Civil Veterinary Department. Madras. Admin. report 1926-33 - 1926-1933
Year: 1926
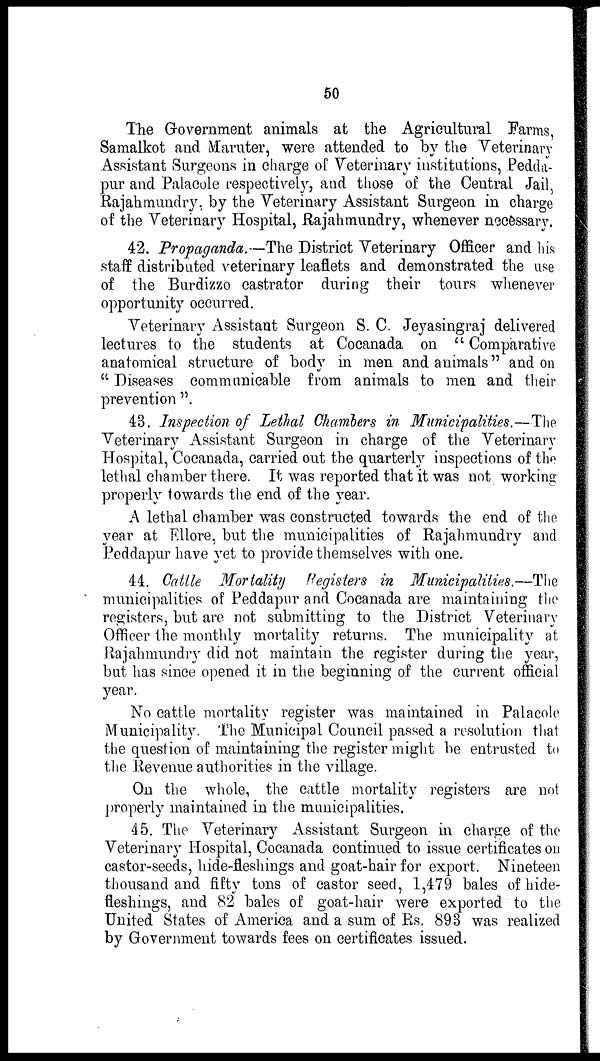
50
The Government animals at the Agricultural Farms,
Samalkot and Maruter, were attended to by the Veterinary
Assistant Surgeons in charge of Veterinary institutions, Pedda-
pur and Palacole respectively, and those of the Central Jail,
Rajahmundry, by the Veterinary Assistant Surgeon in charge
of the Veterinary Hospital, Rajahmundry, whenever necessary.
42. Propaganda.—The District Veterinary Officer and his
staff distributed veterinary leaflets and demonstrated the use
of the Burdizzo castrator during their tours whenever
opportunity occurred.
Veterinary Assistant Surgeon S. C. Jeyasingraj delivered
lectures to the students at Cocanada on "Comparative
anatomical structure of body in men and animals" and on
"Diseases communicable from animals to men and their
prevention".
43. Inspection of Lethal Chambers in Municipalities.—The
Veterinary Assistant Surgeon in charge of the Veterinary
Hospital, Cocanada, carried out the quarterly inspections of the
lethal chamber there. It was reported that it was not working
properly towards the end of the year.
A lethal chamber was constructed towards the end of the
year at Ellore, but the municipalities of Rajahmundry and
Peddapur have yet to provide themselves with one.
44. Cattle Mortality Registers in Municipalities.—The
municipalities of Peddapur and Cocanada are maintaining the
registers, but are not submitting to the District Veterinary
Officer the monthly mortality returns. The municipality at
Rajahmundry did not maintain the register during the year,
but has since opened it in the beginning of the current official
year.
No cattle mortality register was maintained in Palacole
Municipality. The Municipal Council passed a resolution that
the question of maintaining the register might be entrusted to
the Revenue authorities in the village.
On the whole, the cattle mortality registers are not
properly maintained in the municipalities.
45. The Veterinary Assistant Surgeon in charge of the
Veterinary Hospital, Cocanada continued to issue certificates on
castor-seeds, hide-fleshings and goat-hair for export. Nineteen
thousand and fifty tons of castor seed, 1,479 bales of hide-
fleshings, and 82 bales of goat-hair were exported to the
United States of America and a sum of Rs. 893 was realized
by Government towards fees on certificates issued.